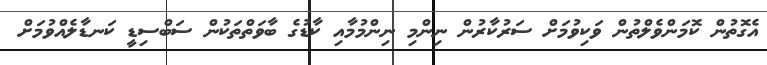
އެގޮތުން ކޮމަންވެލްތުން ވަކިވުމަށް ސަރުކާރުން ނިންމި ނިންމުމާއި ކާޑުގެ ބާވަތްތަކުން ސަބްސިޑީ ކަނޑާލެއްވުމަށް